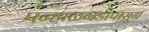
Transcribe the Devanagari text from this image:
पन्हाळगडापासून